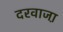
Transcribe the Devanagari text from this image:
दरवाजा़